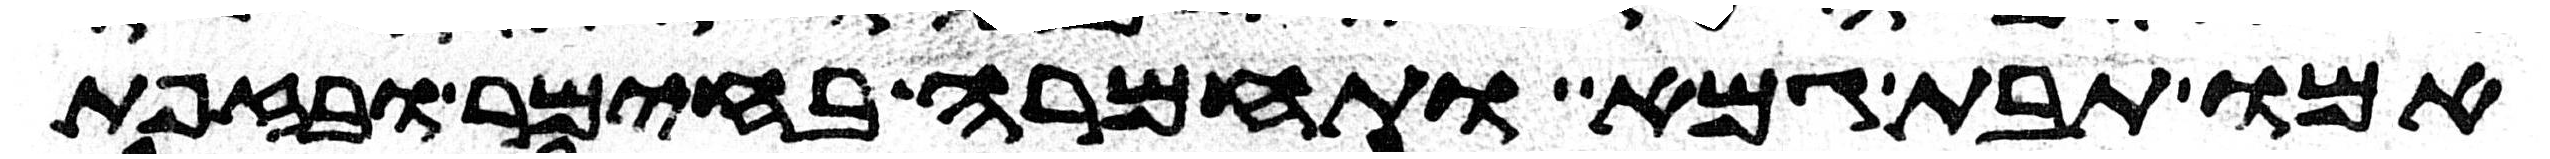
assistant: אמו תבת גמא ותחמרה בחימר ובזפת